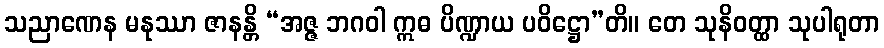
သညာဏေန မနုဿာ ဇာနန္တိ “အဇ္ဇ ဘဂဝါ ဣဓ ပိဏ္ဍာယ ပဝိဋ္ဌော”တိ။ တေ သုနိဝတ္ထာ သုပါရုတာ